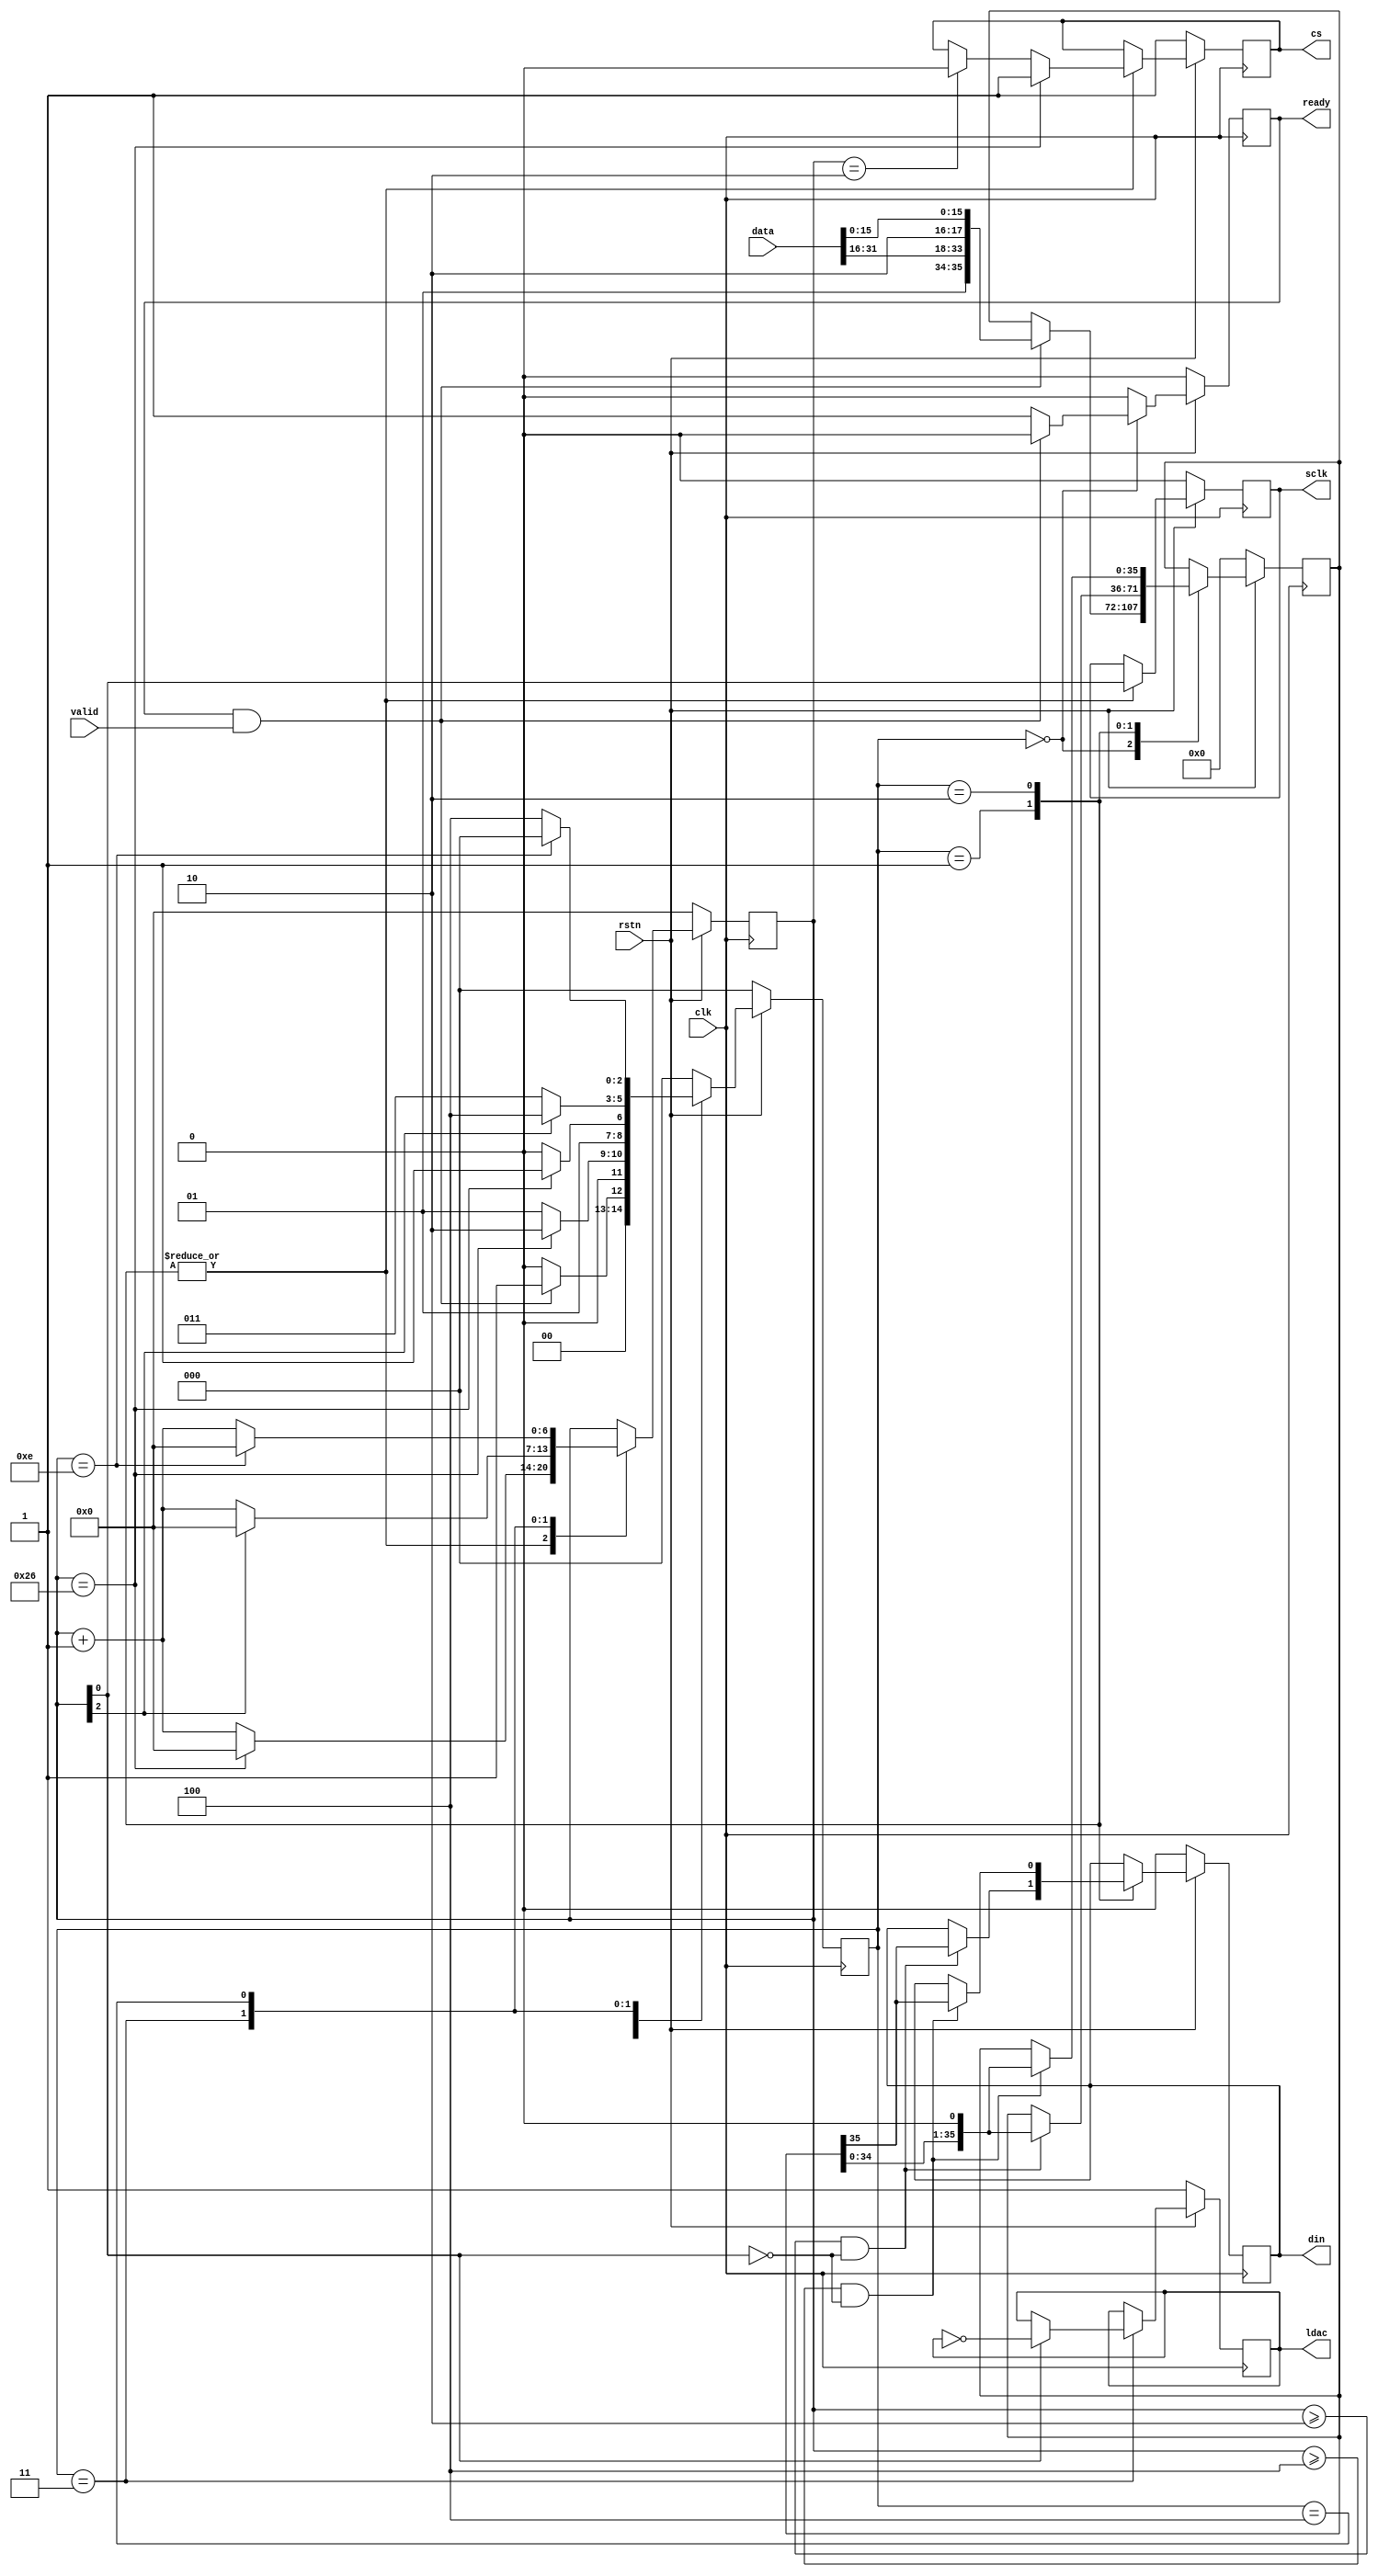
////////////////////////////////////////////////////////////////////////////////
// 
//  Copyright (c) 2018, Darryl Ring.
// 
//  This program is free software: you can redistribute it and/or modify it
//  under the terms of the GNU General Public License as published by the Free
//  Software Foundation, either version 3 of the License, or (at your option)
//  any later version.
//
//  This program is distributed in the hope that it will be useful, but WITHOUT
//  ANY WARRANTY; without even the implied warranty of MERCHANTABILITY or
//  FITNESS FOR A PARTICULAR PURPOSE. See the GNU General Public License for
//  more details.
//
//  You should have received a copy of the GNU General Public License along with
//  this program; if not, see <https://www.gnu.org/licenses/>.
//
//  Additional permission under GNU GPL version 3 section 7:
//  If you modify this program, or any covered work, by linking or combining it
//  with independent modules provided by the FPGA vendor only (this permission
//  does not extend to any 3rd party modules, "soft cores" or macros) under
//  different license terms solely for the purpose of generating binary
//  "bitstream" files and/or simulating the code, the copyright holders of this
//  program give you the right to distribute the covered work without those
//  independent modules as long as the source code for them is available from
//  the FPGA vendor free of charge, and there is no dependence on any encrypted
//  modules for simulating of the combined code. This permission applies to you
//  if the distributed code contains all the components and scripts required to
//  completely simulate it with at least one of the Free Software programs.
//
////////////////////////////////////////////////////////////////////////////////


`timescale 1ns / 1ps

module ad5545
(
    input  wire        clk,
    input  wire        rstn,
    
    input  wire [31:0] data,
    input  wire        valid,
    output wire        ready,

    output wire        cs,
    output wire        din,
    output wire        ldac,
    output wire        sclk
);


localparam [2:0]
    STATE_IDLE       = 3'd0,
    STATE_WRITE_DAC1 = 3'd1,
    STATE_WRITE_DAC2 = 3'd2,
    STATE_LOAD       = 3'd3,
    STATE_WAIT       = 3'd4;

reg [2:0] state_reg, state_next;

reg [6:0] count_reg, count_next;

reg [35:0] data_reg, data_next;

reg ready_reg, ready_next;

reg cs_reg, cs_next;
reg din_reg, din_next;
reg ldac_reg, ldac_next;
reg sclk_reg, sclk_next;

reg sclk_enable;

assign ready = ready_reg;

assign cs = cs_reg;
assign din = din_reg;
assign ldac = ldac_reg;
assign sclk = sclk_reg;


always @* begin
    state_next = STATE_IDLE;
    
    cs_next   = cs_reg;
    din_next  = din_reg;
    ldac_next = ldac_reg;
    sclk_next = sclk_reg;
    
    count_next = count_reg;
    data_next = data_reg;
    
    ready_next = 1'b0;
    
    case (state_reg)
        STATE_IDLE: begin
            
            if (ready & valid) begin
                data_next = {2'b01, data[31:16], 2'b10, data[15:0]};
                ready_next = 1'b0;

                state_next = STATE_WRITE_DAC1;
            end else begin
                ready_next = 1'b1;
            end
        end
        STATE_WRITE_DAC1: begin
            state_next = STATE_WRITE_DAC1;

            count_next = count_reg + 1;

            sclk_next = count_reg[0];

            if (count_reg == 7'h02) begin
                cs_next = 1'b0;
            end

            if (count_reg >= 7'h02 && count_reg[0] == 1'b0) begin
                {din_next, data_next} = {data_reg, 1'b0};
            end

            if (count_reg == 7'h26) begin
                cs_next = 1'b1;

                count_next = 7'b0;
                state_next = STATE_WRITE_DAC2;
            end

        end
        STATE_WRITE_DAC2: begin
            state_next = STATE_WRITE_DAC2;

            count_next = count_reg + 1;

            sclk_next = count_reg[0];

            if (count_reg == 7'h02) begin
                cs_next = 1'b0;
            end

            if (count_reg >= 7'h04 && count_reg[0] == 1'b0) begin
                {din_next, data_next} = {data_reg, 1'b0};
            end

            if (count_reg == 7'h26) begin
                cs_next = 1'b1;

                count_next = 7'b0;
                state_next = STATE_LOAD;
            end
        end
        STATE_LOAD: begin
            state_next = STATE_LOAD;
            count_next = count_reg + 1;

            if (count_reg[0] == 1'b1) begin
                ldac_next = ~ldac_reg;  
            end

            if (count_reg[2] == 1'b1) begin
                state_next = STATE_WAIT;
                count_next = 7'b0;
            end

        end
        STATE_WAIT: begin
            state_next = STATE_WAIT;
            count_next = count_reg + 1;

            if (count_reg == 7'h0e) begin
                state_next = STATE_IDLE;
                count_next = 7'b0;
            end
        end
    endcase
end

always @(posedge clk) begin
    if (~rstn) begin
        state_reg <= STATE_IDLE;
        
        data_reg <= 16'b0;
        ready_reg <= 1'b0;
        
        count_reg <= 7'b0;
        
        cs_reg   <= 1'b1;
        din_reg  <= 1'b0;
        ldac_reg <= 1'b1;
        sclk_reg <= 1'b0;
        
    end else begin
        state_reg <= state_next;
        
        data_reg <= data_next;
        count_reg <= count_next;
        
        ready_reg <= ready_next;
        
        cs_reg <= cs_next;
        din_reg <= din_next;
        ldac_reg <= ldac_next;
        sclk_reg <= sclk_next;
    end
end


endmodule